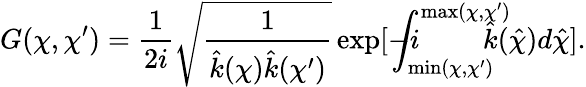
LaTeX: G(\chi,\chi^{\prime})=\frac{1}{2i}\sqrt{\frac{1}{\hat{k}(\chi)\hat{k}(\chi^{\prime})}}\exp[-i\! \! \! \! \! \! \! \int_{\operatorname*{min}(\chi,\chi^{\prime})}^{\operatorname*{max}(\chi,\chi^{\prime})}\! \! \! \! \! \! \! \hat{k}(\hat{\chi})d\hat{\chi}].